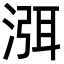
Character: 渳